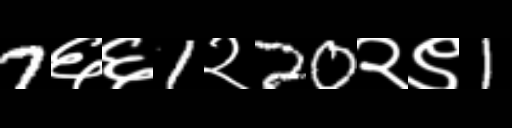
Text: 7६६1२20२९1